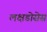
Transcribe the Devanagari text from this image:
लक्षडोसेस